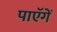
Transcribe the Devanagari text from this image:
पाएॅगें